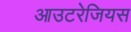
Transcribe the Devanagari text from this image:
आउटरेजियस